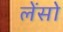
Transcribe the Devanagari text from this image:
लेंसो